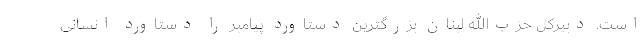
است. دبیرکل حزب‌الله لبنان بزرگترین دستاورد پیامبر را دستاورد انسانی